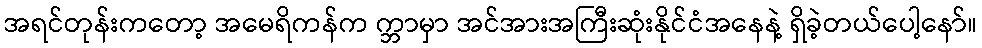
အရင်တုန်းကတော့ အမေရိကန်က က္ဘာမှာ အင်အားအကြီးဆုံးနိုင်ငံအနေနဲ့ ရှိခဲ့တယ်ပေါ့နော်။